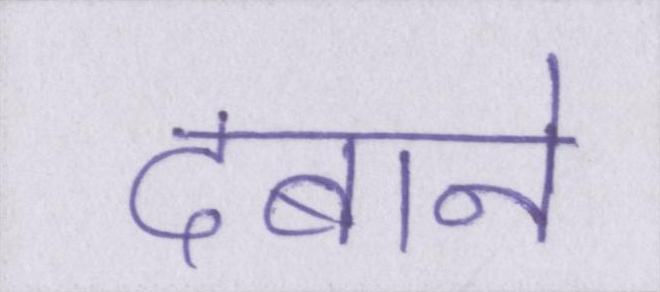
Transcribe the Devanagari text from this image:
दबाने